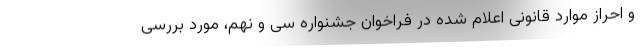
و احراز موارد قانونی اعلام شده در فراخوان جشنواره سی و نهم، مورد بررسی